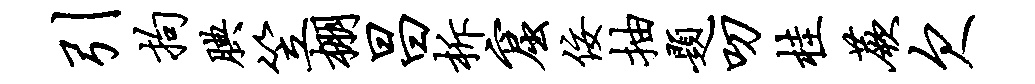
引拘腆笠棚昌柝窟佞抽题叨桂蕨欠